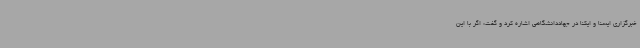
خبرگزاری ایسنا و ایکنا در جهاددانشگاهی اشاره کرد و گفت: اگر با این